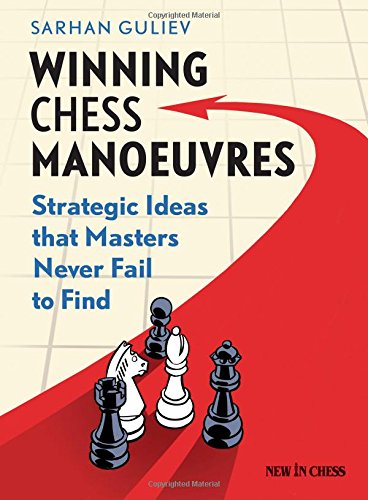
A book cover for Winning Chess Manoeuvres: Strategic Ideas that Masters Never Fail to Find; Sarhan Guliev; Humor & Entertainment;